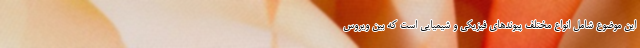
این موضوع شامل انواع مختلف پیوندهای فیزیکی و شیمیایی است که بین ویروس